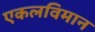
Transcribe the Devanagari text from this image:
एकलविमान